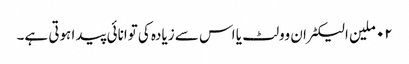
٠٢ ملین الیکٹران وولٹ یا اس سے زیادہ کی توانائی پیدا ہوتی ہے۔